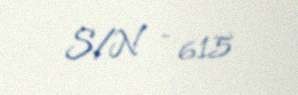
S/N - 615